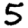
Digit: 5